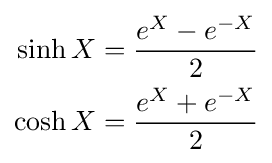
{\begin{aligned}\sinh X&={e^{X}-e^{-X} \over 2}\\\cosh X&={e^{X}+e^{-X} \over 2}\end{aligned}}